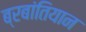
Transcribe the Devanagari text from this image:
ब्रबांतियान